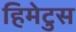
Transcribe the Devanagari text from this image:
हिमेटुस